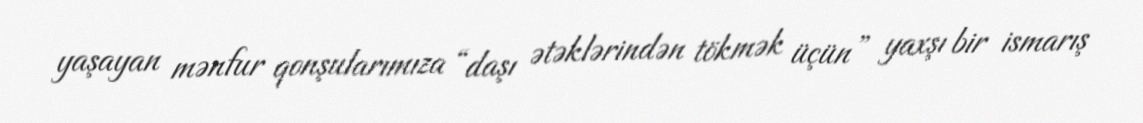
yaşayan mənfur qonşularımıza “daşı ətəklərindən tökmək üçün” yaxşı bir ismarış